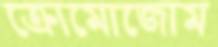
ক্রোমোজোম